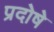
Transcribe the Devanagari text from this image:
प्रदोषे